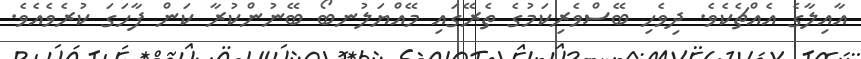
އާއިލާގެ އެއްޗެކެވެ. ދިވެހި ބޭސްވެރިކަމުގެ ތެރޭގައި މޭއްޔަލުނބޯ ބޭނުންކުރާ ކަން ފާހަގަ ކުރެވެއެވެ.